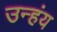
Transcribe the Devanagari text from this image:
उन्हंय